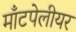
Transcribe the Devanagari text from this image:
माँटपेलीयर